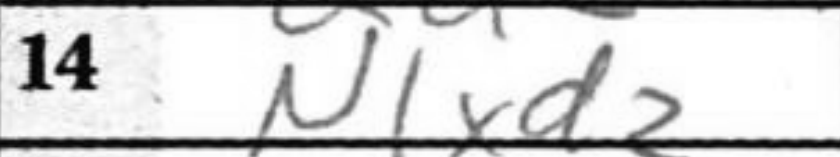
Transcription: N1xd2